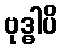
ဗုဒ္ဓါပိ